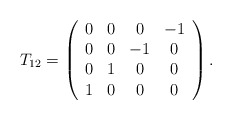
\begin{align*}T_{12}=\left(\begin{array}{cccc}0&0&0& -1 \\0&0&-1&0 \\0&1&0 &0 \\1 &0&0&0\end{array}\right).\end{align*}